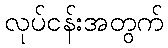
လုပ်ငန်းအတွက်